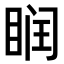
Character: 𥆧